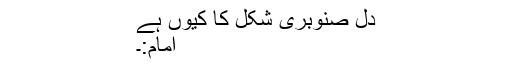
دِل صنوبری شکل کا کیوں ہے
امام:۔